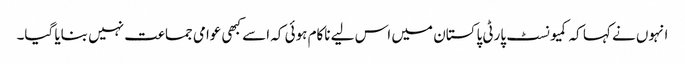
انہوں نے کہا کہ کمیونسٹ پارٹی پاکستان میں اس لیے ناکام ہوئی کہ اسے کبھی عوامی جماعت نہیں بنایا گیا۔